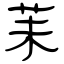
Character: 苿